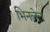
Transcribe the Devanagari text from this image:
भिनलेल